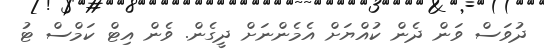
ދުވަސް ވަން ދެން ކުއްޔަށް އެމެންނަށް ދީގެން. ވެން އިޓް ކަމްސް ޓު